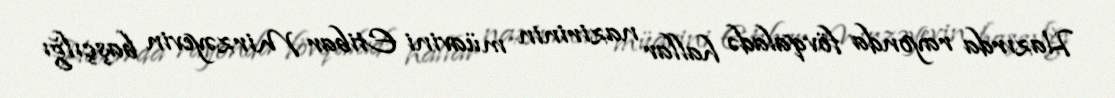
Hazırda rayonda fövqaladə hallar nazirinin müavini Etibar Mirzəyevin başçılğı